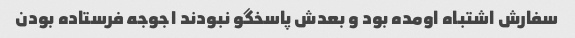
سفارش اشتباه اومده بود و بعدش پاسخگو نبودند ۱جوجه فرستاده بودن